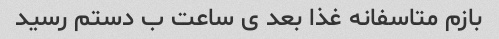
بازم متاسفانه غذا بعد ی ساعت ب دستم رسید